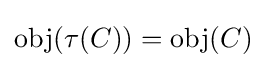
\operatorname {obj} (\tau (C))=\operatorname {obj} (C)